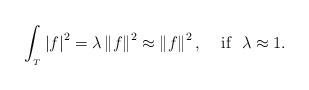
LaTeX: \begin{align*}\int_{_{T}}\left\vert f\right\vert ^{2}=\lambda \left\Vert f\right\Vert^{2}\approx \left\Vert f\right\Vert ^{2}\mbox{, \ \ \ if \ }\lambda \approx 1\mbox{.} \end{align*}